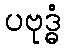
ပဗုဒ္ဓံ